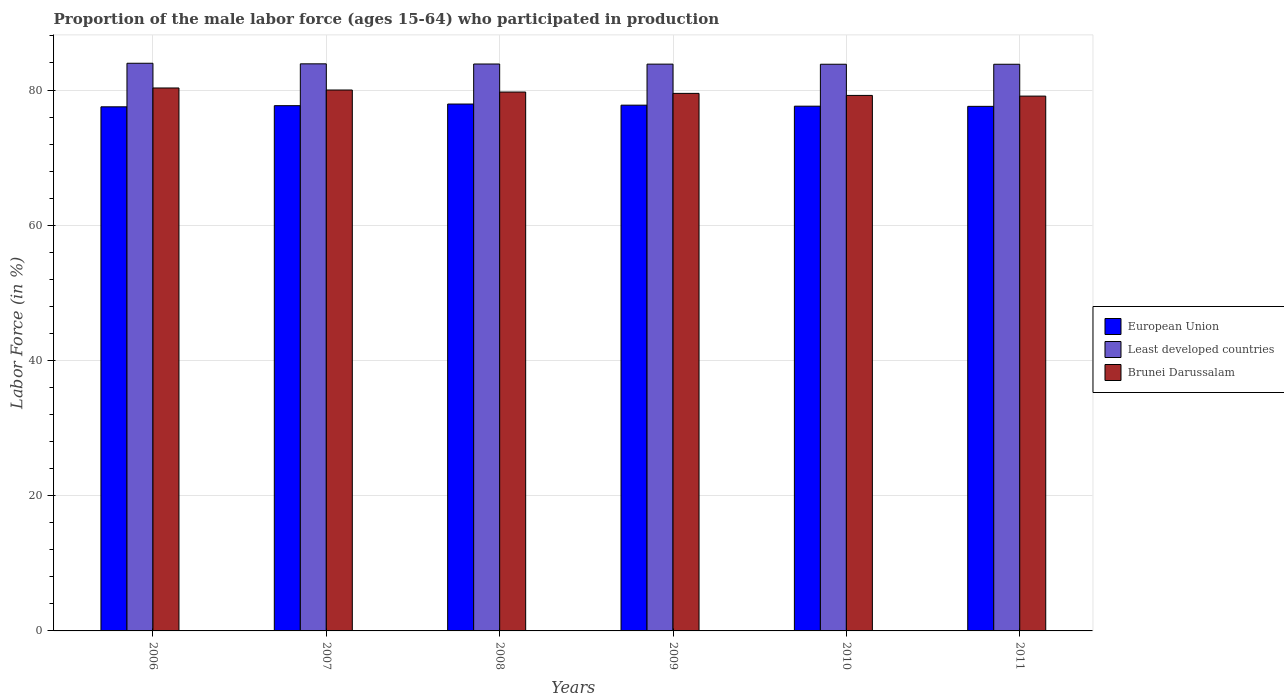
| Years | European Union | Least developed countries | Brunei Darussalam |
 | --- | --- | --- | --- |
 | 2006 | 77.5 | 84 | 80.3 |
 | 2007 | 77.7 | 83.9 | 80 |
 | 2008 | 77.9 | 83.8 | 79.7 |
 | 2009 | 77.8 | 83.8 | 79.5 |
 | 2010 | 77.6 | 83.8 | 79.2 |
 | 2011 | 77.6 | 83.8 | 79.1 |